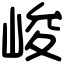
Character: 峻